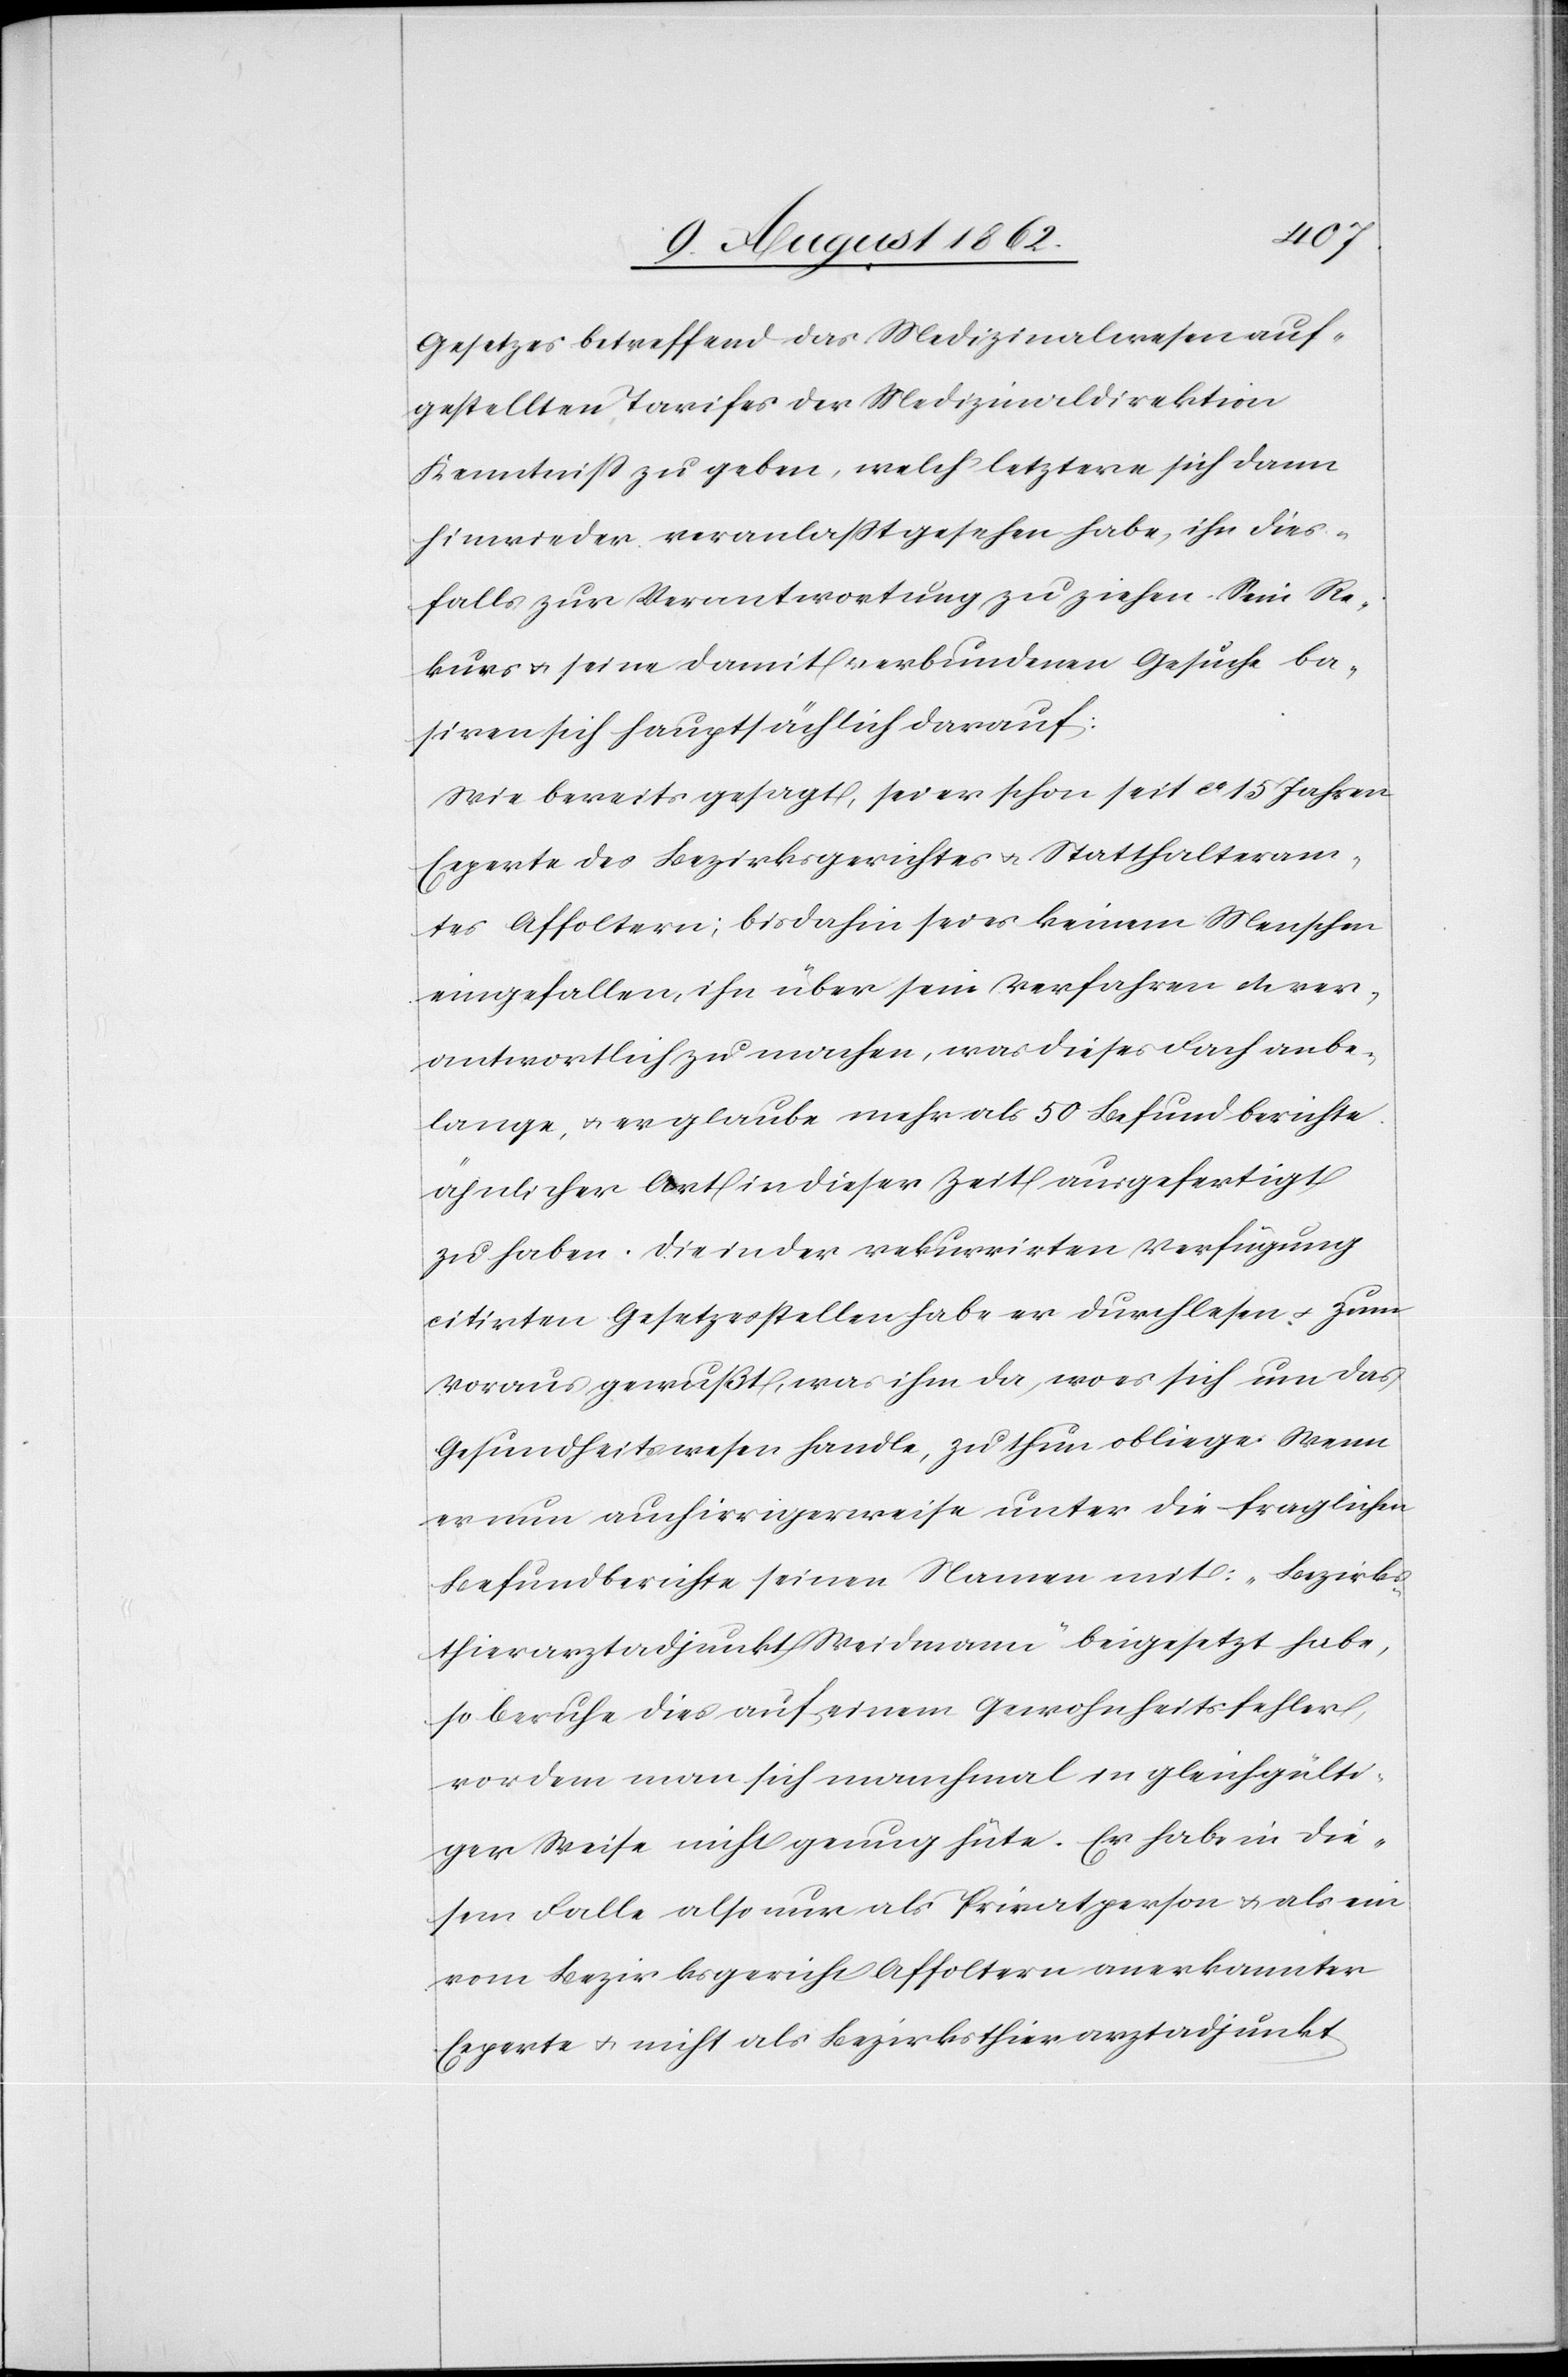
Gesetzes betreffend das Medizinalwesen auf¬
gestellten Tarifes der Medizinaldirektion
Kenntniß zu geben, welch’ letztere sich dann
hinwieder veranlaßt gesehen habe, ihn dies¬
falls zur Verantwortung zu ziehen. Sein Re¬
kurs u. seine damit verbundenen Gesuche ba¬
siren sich hauptsächlich darauf:
Wie bereits gesagt, sei er schon seit ca 15 Jahren
Experte des Bezirksgerichtes u. Statthalteram¬
tes Affoltern; bis dahin sei es keinem Menschen
eingefallen, ihn über sein Verfahren etc. ver¬
antwortlich zu machen, was dieses Fach anbe¬
lange, u. er glaube mehr als 50 Befundberichte
ähnlicher Art in dieser Zeit ausgefertigt
zu haben. Die in der rekurrirten Verfügung
citirten Gesetzesstellen habe er durchlesen u. zum
Voraus gewußt, was ihm da, wo es sich um das
Gesundheitswesen handle, zu thun obliege. Wenn
er nun auch irrigerweise unter die fraglichen
Befundberichte seinen Namen mit: „Bezirks¬
thierarztadjunkt Weidmann“ beigesetzt habe,
so beruhe dies auf einem Gewohnheitsfehler,
vor dem man sich manchmal in gleichgülti¬
ger Weise nicht genug hüte. Er habe in die¬
sem Falle also nur als Privatperson u. als ein
vom Bezirksgericht Affoltern anerkannter
Experte u. nicht als Bezirksthierarztadjunkt